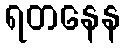
ရတနေန